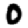
Digit: 0